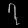
Digit: ၇